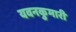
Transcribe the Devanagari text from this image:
यवनकुमारी